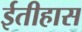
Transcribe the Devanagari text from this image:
ईतीहास